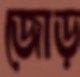
জোড়